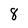
Character: 8